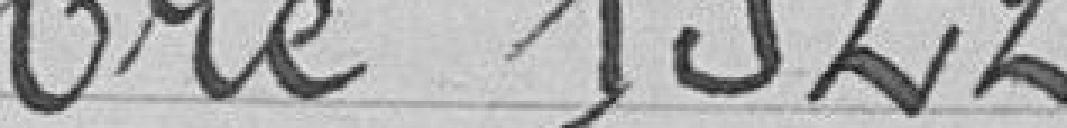
bre 1922